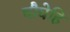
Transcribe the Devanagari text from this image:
चौघेहि